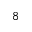
8